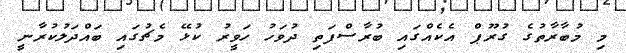
މި މުބާރާތުގެ ގުރޫޕް އެކެއްގައި ބުރާސްފަތި ދުވަހު ހަވީރު ކުޅޭ މެޗުގައި ބައްދަލުކުރާނީ